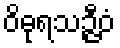
ဝိဓုရသဉ္ဇီဝံ